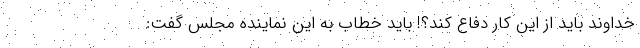
خداوند باید از این کار دفاع کند؟! باید خطاب به این نماینده مجلس گفت: